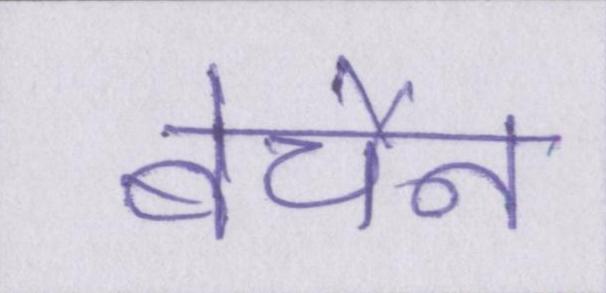
बेचैन